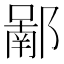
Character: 𨝿